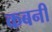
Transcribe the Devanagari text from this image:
कबनी